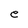
Character: e